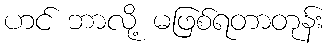
ဟင် ဘာလို့ မဖြစ်ရတာတုန်း